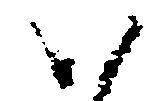
い